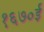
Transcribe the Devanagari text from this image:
१६७०ई